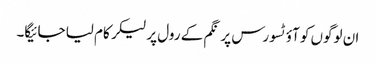
ان لوگوں کو آؤٹسورس پر نگم کے رول پر لیکر کام لیا جائیگا۔